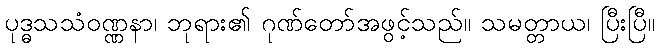
ပုဒ္ဓသသံဝဏ္ဏနာ၊ ဘုရား၏ ဂုဏ်တော်အဖွင့်သည်။ သမတ္တာယ၊ ပြီးပြီ။